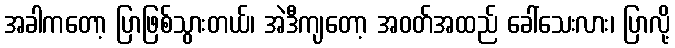
အခါကတော့ ပြာဖြစ်သွားတယ်၊ အဲဒီကျတော့ အဝတ်အထည် ခေါ်သေးလား၊ ပြာလို့